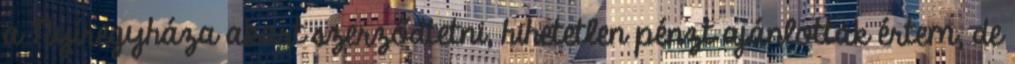
a Nyíregyháza akart szerződtetni, hihetetlen pénzt ajánlottak értem, de